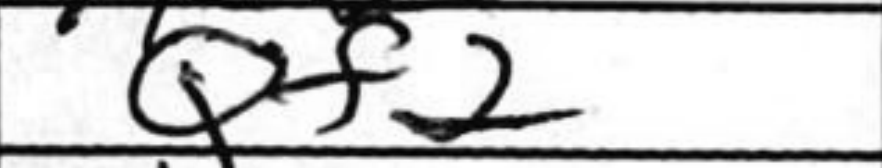
Transcription: Qf2